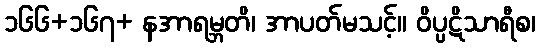
၁၆၆+၁၆၇+ နအာရမ္ဘတိ၊ အာပတ်မသင့်။ ဝိပ္ပဋိသာရီစ၊